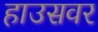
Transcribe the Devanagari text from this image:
हाउसवर